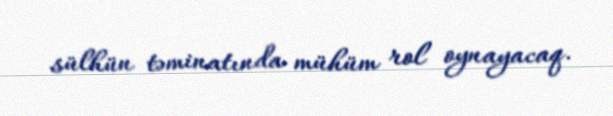
sülhün təminatında mühüm rol oynayacaq.